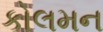
કોલમન